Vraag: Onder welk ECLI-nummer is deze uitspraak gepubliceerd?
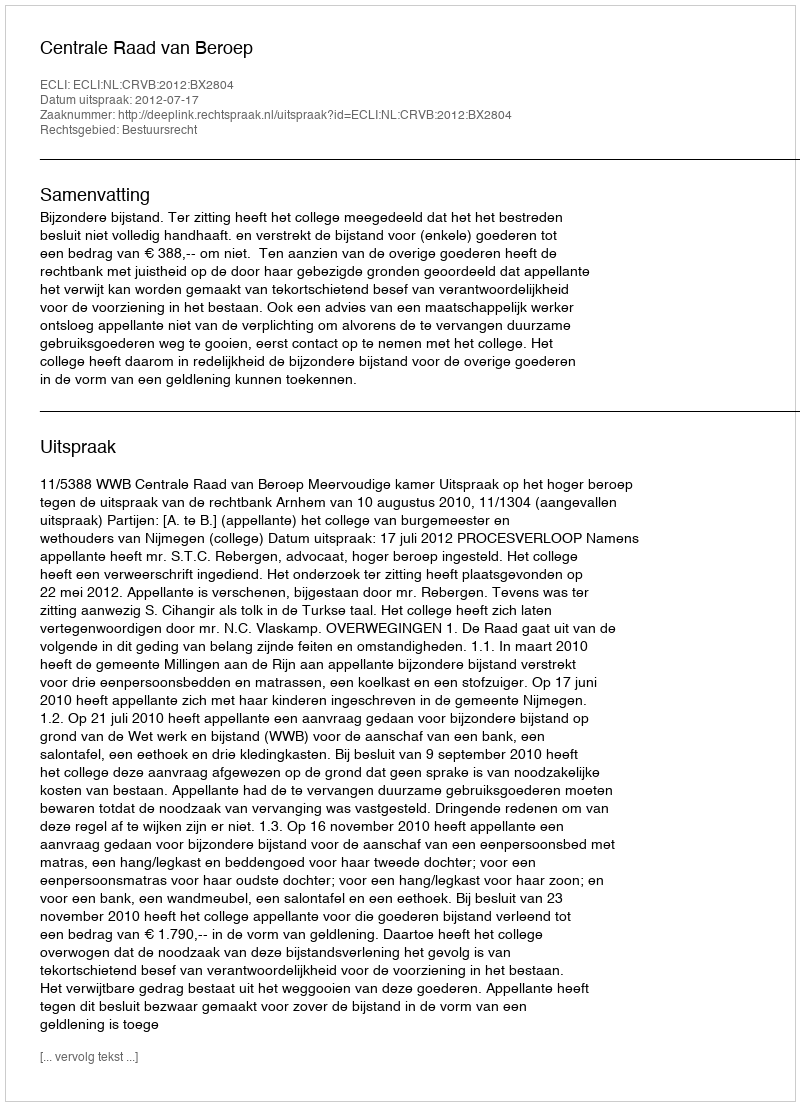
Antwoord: ECLI:NL:CRVB:2012:BX2804